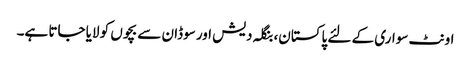
اونٹ سواری کے لئے پاکستان، بنگلہ دیش اور سوڈان سے بچوں کو لایا جاتا ہے۔